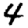
Digit: 4